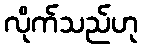
လိုက်သည်ဟု